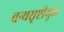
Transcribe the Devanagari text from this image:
वन्यसृष्टीमुळे